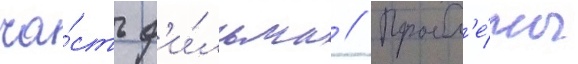
ча́сть ф'и́льма // Пробл'е́мы